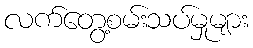
လက်တွေ့စမ်းသပ်မှုများ